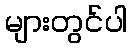
များတွင်ပါ